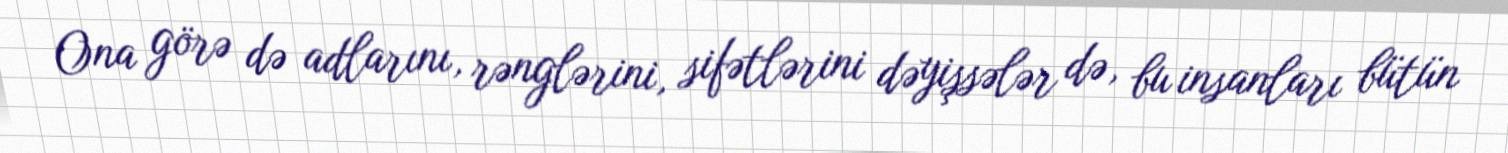
Ona görə də adlarını, rənglərini, sifətlərini dəyişsələr də, bu insanları bütün